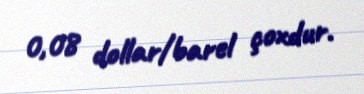
0,08 dollar/barel çoxdur.